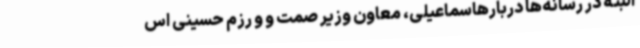
البته در رسانه‌ها دربارهاسماعیلی، معاون وزیر صمت و و رزم حسینی اس